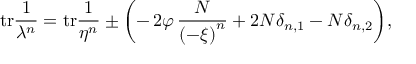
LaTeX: \mathrm { t r } \frac { 1 } { \lambda ^ { n } } = \mathrm { t r } \frac { 1 } { \eta ^ { n } } \pm \biggl ( - \, 2 \varphi \, \frac { N } { \left( - \xi \right) ^ { n } } + 2 N \delta _ { n , 1 } - N \delta _ { n , 2 } \biggl ) ,